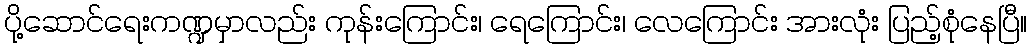
ပို့ဆောင်ရေးကဏ္ဍမှာလည်း ကုန်းကြောင်း၊ ရေကြောင်း၊ လေကြောင်း အားလုံး ပြည့်စုံနေပြီ။